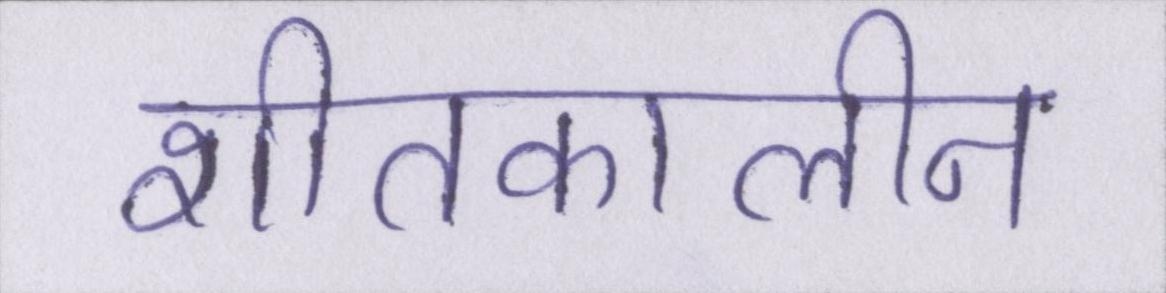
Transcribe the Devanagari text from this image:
शीतकालीन